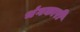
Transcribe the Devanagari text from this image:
भंगकारी